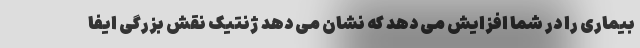
بیماری را در شما افزایش می دهد که نشان می دهد ژنتیک نقش بزرگی ایفا